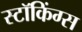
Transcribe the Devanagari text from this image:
स्टॉकिंग्स